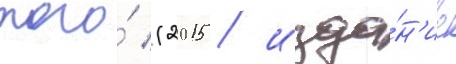
того́ (2015 / изда́н'ие